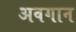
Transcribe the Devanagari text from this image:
अवगान